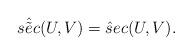
LaTeX: \begin{align*}\hat{\tilde{sec}}(U, V)= \hat{s}ec(U, V).\end{align*}